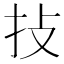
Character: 𢪊